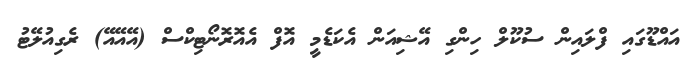
އައްޑޫގައި ފްލައިން ސުކޫލް ހިންގި އޭޝިއަން އެކަޑެމީ އޮފް އެއޮރޮނޯޓިކްސް (އޭއޭއޭ) ރެގިއުލޭޓު